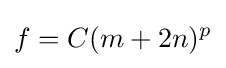
f=C(m+2n)^{p}